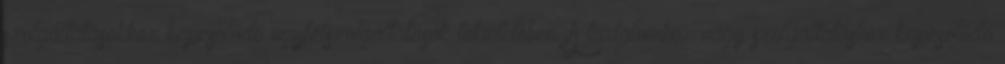
szolgáltatásokhoz kapcsolódó ügyfélszolgáltatások tekintetében. A tartalomhoz vagy szolgáltatáshoz kapcsolódó